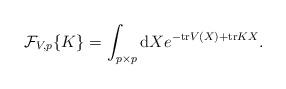
LaTeX: \begin{align*}{\cal F}_{V,p}\{K\}=\int_{p\times p}{\rm d}Xe^{-{\rm tr}V(X)+{\rm tr}KX}.\end{align*}